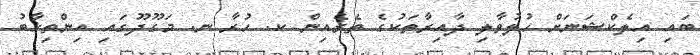
ބައި އިލެކްޝަނަށް ހުލުވާލި ދާއިރާތަކުގެ ތެރެއިން ކ. ހުރާ ނ. މަގޫދޫގައި އިންތިޚާބު